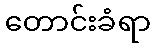
တောင်းခံရာ